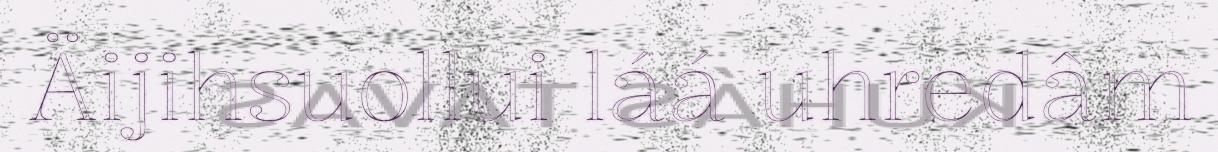
Äijihsuollui láá uhredâm